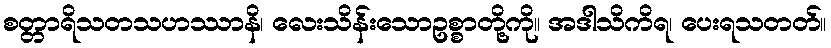
စတ္တာရိသတသဟဿာနိ၊ လေးသိန်းသောဥစ္စာတို့ကို။ အဒါသိကိရ၊ ပေးရသတတ်။